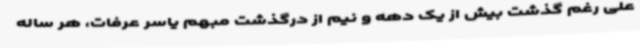
علی رغم گذشت بیش از یک دهه و نیم از درگذشت مبهم یاسر عرفات، هر ساله